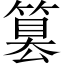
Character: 篡